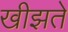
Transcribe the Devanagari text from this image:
खीझते